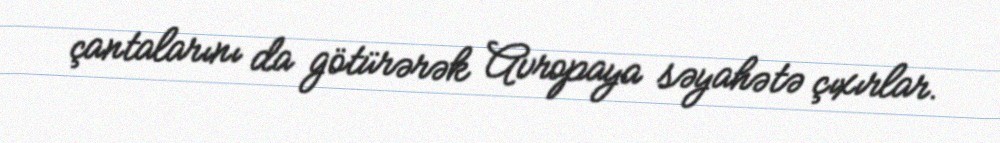
çantalarını da götürərək Avropaya səyahətə çıxırlar.